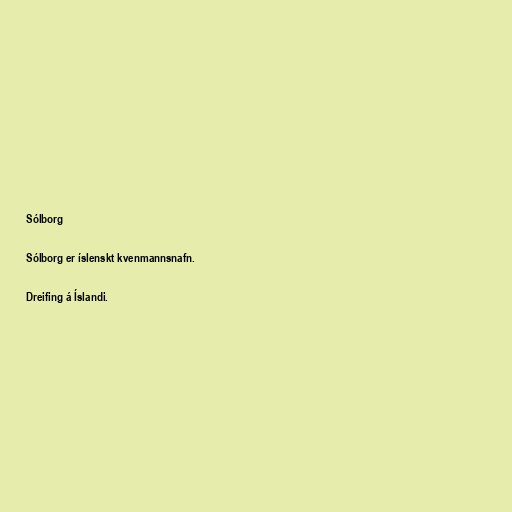
Sólborg

Sólborg er íslenskt kvenmannsnafn.

Dreifing á Íslandi.